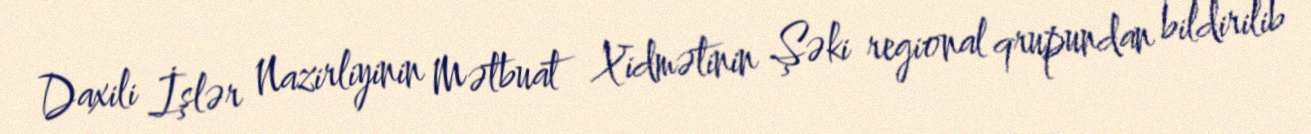
Daxili İşlər Nazirliyinin Mətbuat Xidmətinin Şəki regional qrupundan bildirilib